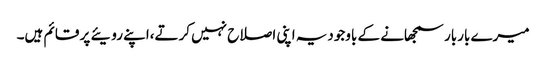
میرے باربار سمجھانے کے باوجودیہ اپنی اصلاح نہیں کرتے،اپنے رویئے پر قائم ہیں۔